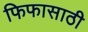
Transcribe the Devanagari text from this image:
फिफासाठी